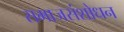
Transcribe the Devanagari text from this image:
समाजसंशोधन